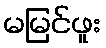
မမြင်ဖူး